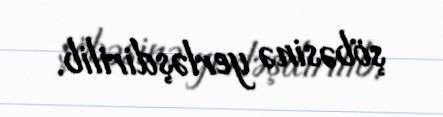
şöbəsinə yerləşdirilib.